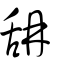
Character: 舑